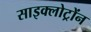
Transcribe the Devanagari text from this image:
साइक्लोट्रोंन